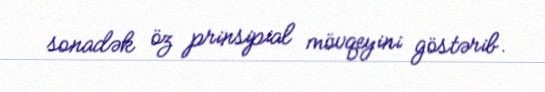
sonadək öz prinsipial mövqeyini göstərib.